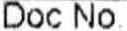
DOC NO.